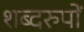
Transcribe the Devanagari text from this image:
शब्दरुपों